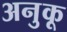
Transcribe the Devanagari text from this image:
अनुकू